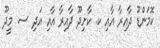
ކޮމަންޑޫ ދާއިރާ އާއި ކ. ކާށިދޫ ދާއިރާ އާއި އަދި ސ. މީދޫ